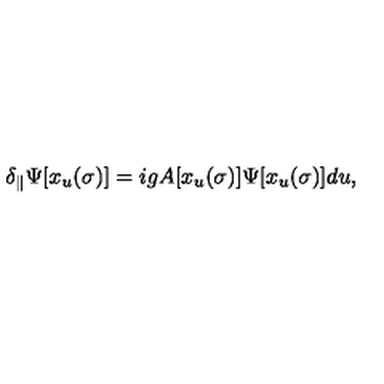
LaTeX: \delta _ { \parallel } \Psi [ x _ { u } ( \sigma ) ] = i g A [ x _ { u } ( \sigma ) ] \Psi [ x _ { u } ( \sigma ) ] d u ,